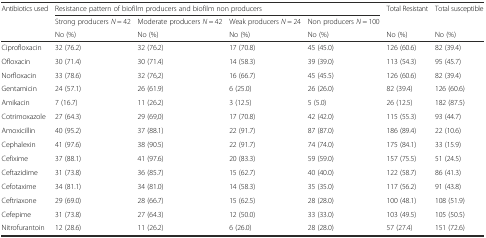
<table><thead><tr><td rowspan="3"><b>Antibiotics used</b></td><td colspan="4"><b>Resistance pattern of biofilm producers and biofilm non producers</b></td><td rowspan="2"><b>Total Resistant</b></td><td rowspan="2"><b>Total susceptible</b></td></tr><tr><td><b>Strong producers <i>N</i> = 42</b></td><td><b>Moderate producers <i>N</i> = 42</b></td><td><b>Weak producers <i>N</i> = 24</b></td><td><b>Non producers <i>N</i> = 100</b></td></tr><tr><td><b>No (%)</b></td><td><b>No (%)</b></td><td><b>No (%)</b></td><td><b>No (%)</b></td><td><b>No (%)</b></td><td><b>No (%)</b></td></tr></thead><tbody><tr><td>Ciprofloxacin</td><td>32 (76.2)</td><td>32 (76.2)</td><td>17 (70.8)</td><td>45 (45.0)</td><td>126 (60.6)</td><td>82 (39.4)</td></tr><tr><td>Ofloxacin</td><td>30 (71.4)</td><td>30 (71.4)</td><td>14 (58.3)</td><td>39 (39.0)</td><td>113 (54.3)</td><td>95 (45.7)</td></tr><tr><td>Norfloxacin</td><td>33 (78.6)</td><td>32 (76,2)</td><td>16 (66.7)</td><td>45 (45.5)</td><td>126 (60.6)</td><td>82 (39.4)</td></tr><tr><td>Gentamicin</td><td>24 (57.1)</td><td>26 (61.9)</td><td>6 (25.0)</td><td>26 (26.0)</td><td>82 (39.4)</td><td>126 (60.6)</td></tr><tr><td>Amikacin</td><td>7 (16.7)</td><td>11 (26.2)</td><td>3 (12.5)</td><td>5 (5.0)</td><td>26 (12.5)</td><td>182 (87.5)</td></tr><tr><td>Cotrimoxazole</td><td>27 (64.3)</td><td>29 (69,0)</td><td>17 (70.8)</td><td>42 (42.0)</td><td>115 (55.3)</td><td>93 (44.7)</td></tr><tr><td>Amoxicillin</td><td>40 (95.2)</td><td>37 (88.1)</td><td>22 (91.7)</td><td>87 (87.0)</td><td>186 (89.4)</td><td>22 (10.6)</td></tr><tr><td>Cephalexin</td><td>41 (97.6)</td><td>38 (90.5)</td><td>22 (91.7)</td><td>74 (74.0)</td><td>175 (84.1)</td><td>33 (15.9)</td></tr><tr><td>Cefixime</td><td>37 (88.1)</td><td>41 (97.6)</td><td>20 (83.3)</td><td>59 (59.0)</td><td>157 (75.5)</td><td>51 (24.5)</td></tr><tr><td>Ceftazidime</td><td>31 (73.8)</td><td>36 (85.7)</td><td>15 (62.7)</td><td>40 (40.0)</td><td>122 (58.7)</td><td>86 (41.3)</td></tr><tr><td>Cefotaxime</td><td>34 (81.1)</td><td>34 (81.0)</td><td>14 (58.3)</td><td>35 (35.0)</td><td>117 (56.2)</td><td>91 (43.8)</td></tr><tr><td>Ceftriaxone</td><td>29 (69.0)</td><td>28 (66.7)</td><td>15 (62.5)</td><td>28 (28.0)</td><td>100 (48.1)</td><td>108 (51.9)</td></tr><tr><td>Cefepime</td><td>31 (73.8)</td><td>27 (64.3)</td><td>12 (50.0)</td><td>33 (33.0)</td><td>103 (49.5)</td><td>105 (50.5)</td></tr><tr><td>Nitrofurantoin</td><td>12 (28.6)</td><td>11 (26.2)</td><td>6 (26.0)</td><td>28 (28.0)</td><td>57 (27.4)</td><td>151 (72.6)</td></tr></tbody></table>